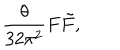
LaTeX: \frac { \theta } { 3 2 \pi ^ { 2 } } F \tilde { F } ,